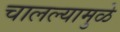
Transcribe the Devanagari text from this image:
चालल्यामुळे